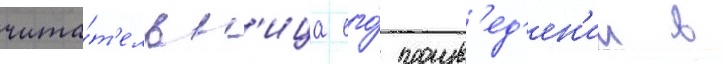
чита́т'ельн'ица его́ произв'ед'ен'ии в